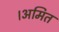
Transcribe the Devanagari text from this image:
।अमित